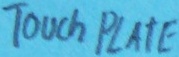
Text: TOUCH PLATE